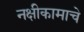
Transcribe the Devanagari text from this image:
नक्षीकामाचे